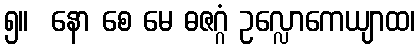
၅။  နော စေ မေ ဓဇဂ္ဂံ ဥလ္လောကေယျာထ၊